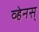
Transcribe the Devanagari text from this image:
व्हेनस्